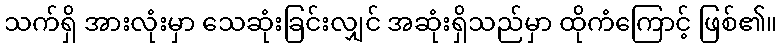
သက်ရှိ အားလုံးမှာ သေဆုံးခြင်းလျှင် အဆုံးရှိသည်မှာ ထိုကံကြောင့် ဖြစ်၏။